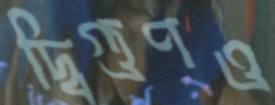
দ্বিগুণও